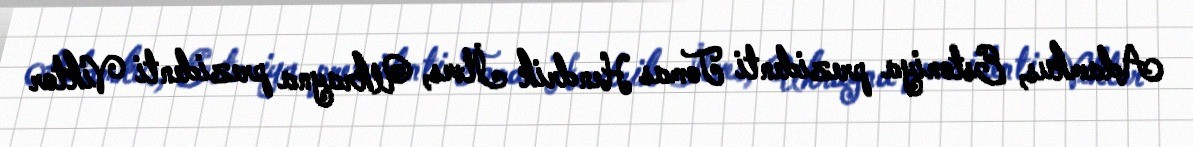
Adamkus, Estoniya prezidenti Tomas Hendrik İlves, Ukrayna prezidenti Viktor